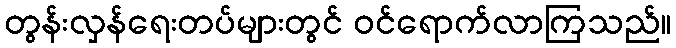
တွန်းလှန်ရေးတပ်များတွင် ဝင်ရောက်လာကြသည်။